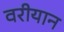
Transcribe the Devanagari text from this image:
वरीयान